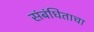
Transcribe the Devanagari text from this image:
संबंधिताचा